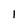
Character: 1